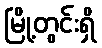
မြို့တွင်းရှိ